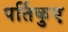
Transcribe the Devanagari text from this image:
पर्तिकुए